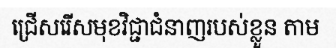
ជ្រើសរើសមុខវិជ្ជាជំនាញរបស់ខ្លួន តាម